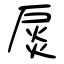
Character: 扊